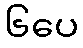
၆ပေ